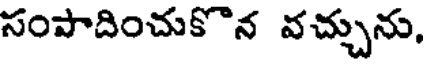
సంపాదించుకొన వచ్చును,